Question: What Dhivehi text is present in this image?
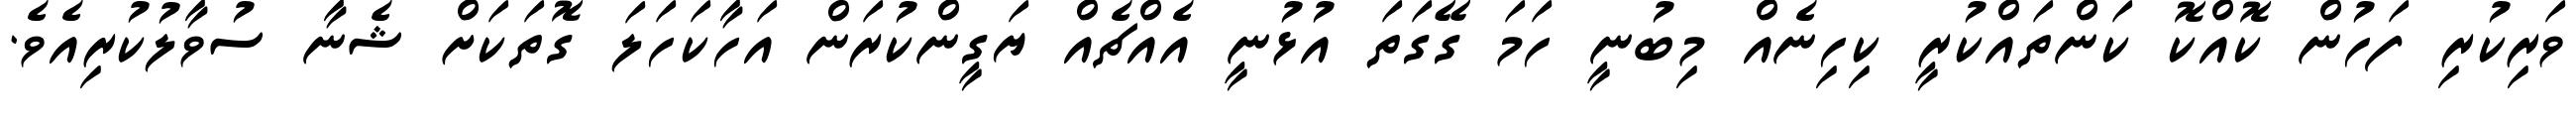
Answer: ވަރިކުރި ފަހުން ކޮއްކޮ ކަންތައްކުރީ ކިހިނެއް މިބުނީ ހަމަ ގޭގަތަ އުޅުނީ އެއްޗެއް ޔަގީންކުރަން އަހާކަހަލަ ގޮތަކަށް ޝެނާ ސުވާލުކުރިއެވެ.